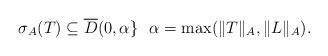
LaTeX: \begin{align*} \sigma_A(T)\subseteq \overline{D}(0, \alpha\}\ \ \alpha=\max(\|T\|_A, \|L\|_A). \end{align*}